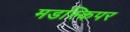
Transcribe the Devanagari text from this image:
मडस्किपर